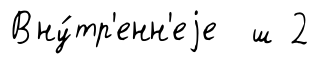
Вну́тр'енн'еjе ш 2